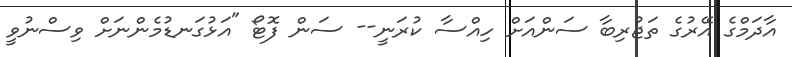
އާދަމްގެ އޭރުގެ ތަޖުރިބާ ސަންއަށް ހިއްސާ ކުރަނީ-- ސަން ފޮޓޯ "އަޅުގަނޑުމެންނަށް ވިސްނުވީ